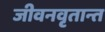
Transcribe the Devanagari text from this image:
जीवनवृतान्त